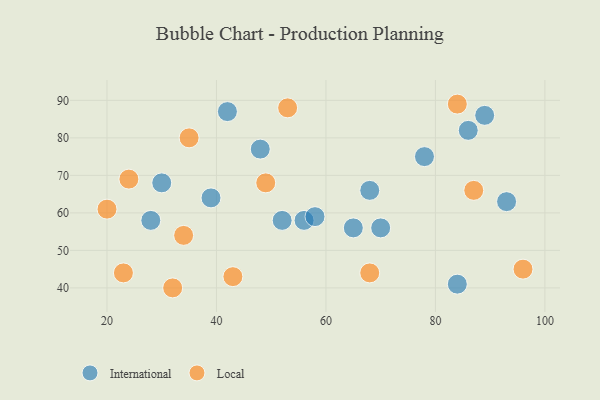
{"axis": {"x": "GDP", "y": "Life Expectancy"}, "legend": ["International", "Local"], "data": [{"x": "48", "y": 77, "type": "International"}, {"x": "56", "y": 58, "type": "International"}, {"x": "58", "y": 59, "type": "International"}, {"x": "28", "y": 58, "type": "International"}, {"x": "78", "y": 75, "type": "International"}, {"x": "70", "y": 56, "type": "International"}, {"x": "65", "y": 56, "type": "International"}, {"x": "93", "y": 63, "type": "International"}, {"x": "68", "y": 66, "type": "International"}, {"x": "84", "y": 41, "type": "International"}, {"x": "39", "y": 64, "type": "International"}, {"x": "52", "y": 58, "type": "International"}, {"x": "42", "y": 87, "type": "International"}, {"x": "30", "y": 68, "type": "International"}, {"x": "86", "y": 82, "type": "International"}, {"x": "89", "y": 86, "type": "International"}, {"x": "68", "y": 44, "type": "Local"}, {"x": "34", "y": 54, "type": "Local"}, {"x": "35", "y": 80, "type": "Local"}, {"x": "53", "y": 88, "type": "Local"}, {"x": "20", "y": 61, "type": "Local"}, {"x": "96", "y": 45, "type": "Local"}, {"x": "24", "y": 69, "type": "Local"}, {"x": "43", "y": 43, "type": "Local"}, {"x": "87", "y": 66, "type": "Local"}, {"x": "49", "y": 68, "type": "Local"}, {"x": "23", "y": 44, "type": "Local"}, {"x": "84", "y": 89, "type": "Local"}, {"x": "32", "y": 40, "type": "Local"}]}